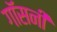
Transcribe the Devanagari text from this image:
गॉसनी